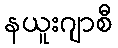
နယူးဂျာစီ